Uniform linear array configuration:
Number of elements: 16
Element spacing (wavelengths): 0.5
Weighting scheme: cosine
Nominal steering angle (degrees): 60
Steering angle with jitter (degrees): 59.766
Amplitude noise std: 0.05
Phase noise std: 0.05

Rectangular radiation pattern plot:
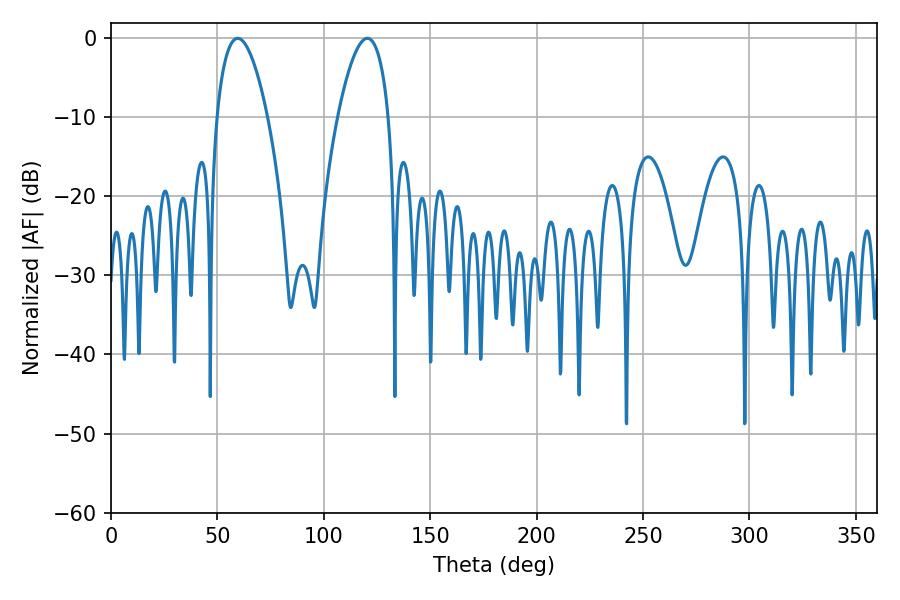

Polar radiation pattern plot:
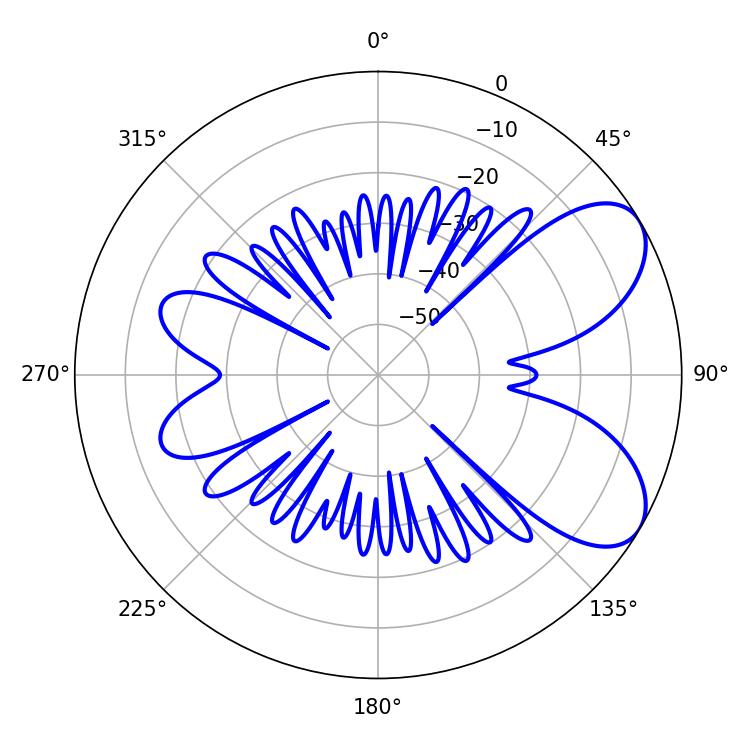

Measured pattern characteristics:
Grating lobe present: FALSE
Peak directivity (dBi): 6.832
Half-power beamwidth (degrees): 13.14
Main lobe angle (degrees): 59.58